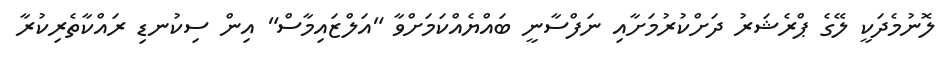
ލޮނުމެދަކީ ލޭގެ ޕްރެޝަރު ދަށްކުރުމަށާއި ނަފްސާނީ ބައްޔެއްކަމަށްވާ "އަލްޒައިމާސް" އިން ސިކުނޑި ރައްކާތެރިކުރާ